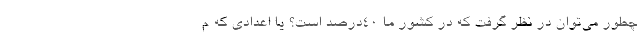
چطور می‌توان در نظر گرفت که در کشور ما 40درصد است؟ یا اعدادی که م